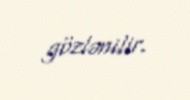
gözlənilir.